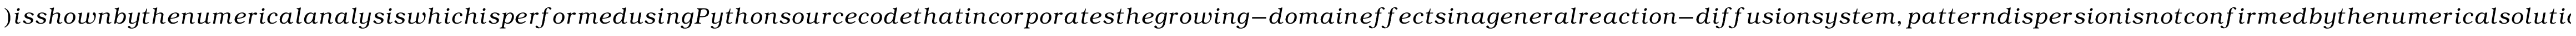
) i s s h o w n b y t h e n u m e r i c a l a n a l y s i s w h i c h i s p e r f o r m e d u s i n g P y t h o n s o u r c e c o d e t h a t i n c o r p o r a t e s t h e g r o w i n g - d o m a i n e f f e c t s i n a g e n e r a l r e a c t i o n - d i f f u s i o n s y s t e m , p a t t e r n d i s p e r s i o n i s n o t c o n f i r m e d b y t h e n u m e r i c a l s o l u t i o n s o f t h e s y s t e m (